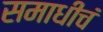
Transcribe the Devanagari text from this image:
समाधीचं